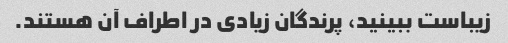
زیباست ببینید، پرندگان زیادی در اطراف آن هستند.